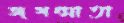
জগন্মাতা